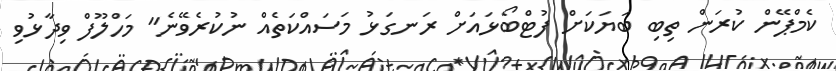
ކެމްޕޭން ކުރަން ތިބި ބަޔަކަށް ފުޓްބޯޅައަށް ރަނގަޅު މަސައްކަތެއް ނުކުރެވޭނެ" މަހްލޫފް ވިދާޅުވި